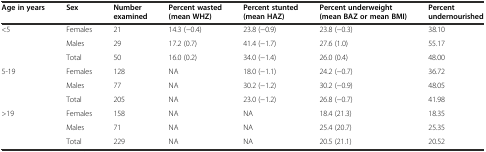
<table><thead><tr><td><b>Age in years</b></td><td><b>Sex</b></td><td><b>Number examined</b></td><td><b>Percent wasted (mean WHZ)</b></td><td><b>Percent stunted (mean HAZ)</b></td><td><b>Percent underweight (mean BAZ or mean BMI)</b></td><td><b>Percent undernourished</b></td></tr></thead><tbody><tr><td>&lt;5</td><td>Females</td><td>21</td><td>14.3 (−0.4)</td><td>23.8 (−0.9)</td><td>23.8 (−0.3)</td><td>38.10</td></tr><tr><td></td><td>Males</td><td>29</td><td>17.2 (0.7)</td><td>41.4 (−1.7)</td><td>27.6 (1.0)</td><td>55.17</td></tr><tr><td></td><td>Total</td><td>50</td><td>16.0 (0.2)</td><td>34.0 (−1.4)</td><td>26.0 (0.4)</td><td>48.00</td></tr><tr><td>5-19</td><td>Females</td><td>128</td><td>NA</td><td>18.0 (−1.1)</td><td>24.2 (−0.7)</td><td>36.72</td></tr><tr><td></td><td>Males</td><td>77</td><td>NA</td><td>30.2 (−1.2)</td><td>30.2 (−0.9)</td><td>48.05</td></tr><tr><td></td><td>Total</td><td>205</td><td>NA</td><td>23.0 (−1.2)</td><td>26.8 (−0.7)</td><td>41.98</td></tr><tr><td>&gt;19</td><td>Females</td><td>158</td><td>NA</td><td>NA</td><td>18.4 (21.3)</td><td>18.35</td></tr><tr><td></td><td>Males</td><td>71</td><td>NA</td><td>NA</td><td>25.4 (20.7)</td><td>25.35</td></tr><tr><td></td><td>Total</td><td>229</td><td>NA</td><td>NA</td><td>20.5 (21.1)</td><td>20.52</td></tr></tbody></table>